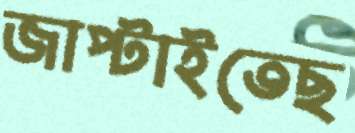
জাপ্‌টাইতেছ